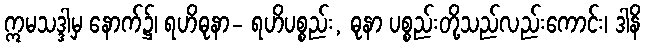
ဣမသဒ္ဒါမှ နောက်၌၊ ရဟိဓုနာ- ရဟိပစ္စည်း, ဓုနာ ပစ္စည်းတို့သည်လည်းကောင်း၊ ဒါနိ